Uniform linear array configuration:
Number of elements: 12
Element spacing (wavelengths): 1
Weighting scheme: hamming
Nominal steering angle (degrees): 60
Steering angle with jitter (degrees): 60.518
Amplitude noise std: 0.05
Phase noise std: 0.05

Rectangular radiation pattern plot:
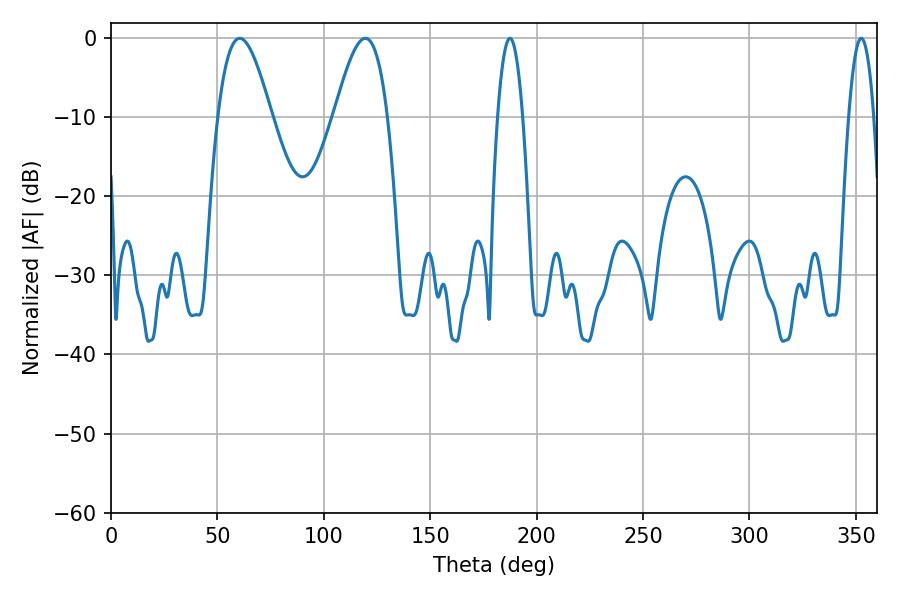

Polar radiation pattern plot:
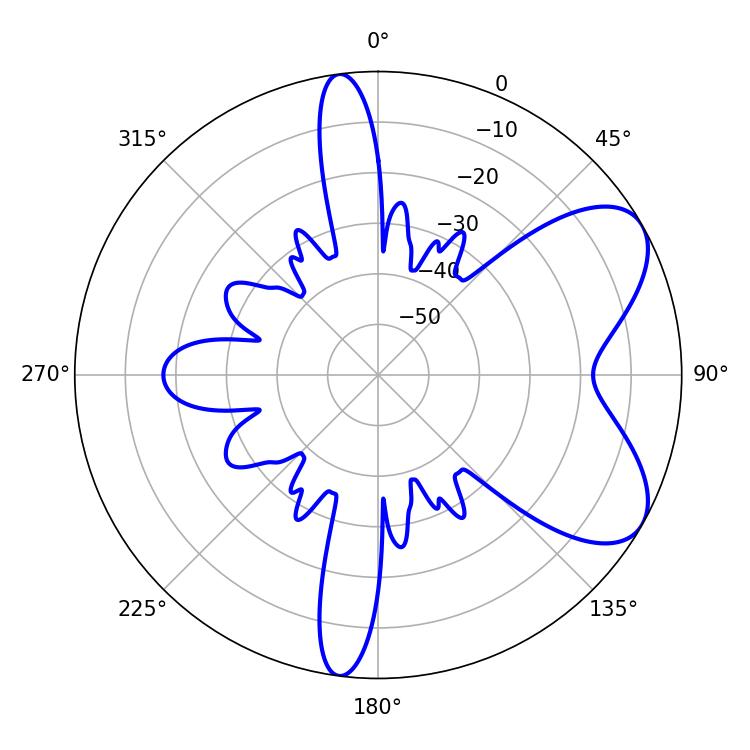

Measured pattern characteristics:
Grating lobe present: TRUE
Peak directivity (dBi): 6.726
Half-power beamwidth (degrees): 13.68
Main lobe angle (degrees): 60.48